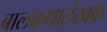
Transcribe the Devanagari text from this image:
बालकथालेखक